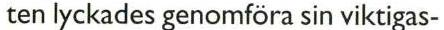
ten lyckades genomföra sin viktigas-